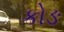
કોઙ